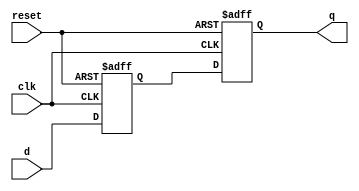
module d_flipflop_delay (
    input wire clk,
    input wire reset,
    input wire d,
    output reg q
);

reg d_delayed;

// Timing control and synchronization block
always @(posedge clk or posedge reset) begin
    if (reset) begin
        d_delayed <= 1'b0;
    end else begin
        d_delayed <= d;
    end
end

// D flip-flop delay block
always @(posedge clk or posedge reset) begin
    if (reset) begin
        q <= 1'b0;
    end else begin
        q <= d_delayed;
    end
end

endmodule